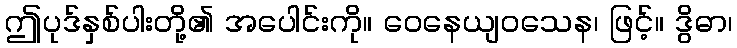
ဤပုဒ်နှစ်ပါးတို့၏ အပေါင်းကို။ ဝေနေယျဝသေန၊ ဖြင့်။ ဒွိဓာ၊